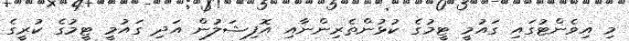
މި އިވެންޓުގައި ގައުމީ ޓީމުގެ ކުޅުންތެރިންނާއި އޮފިޝަލުން އަދި ގައުމީ ޓީމުގެ ކުރީގެ